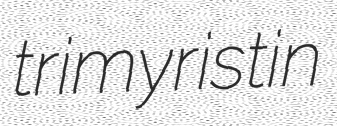
trimyristin